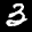
Label: 3